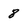
Character: 8